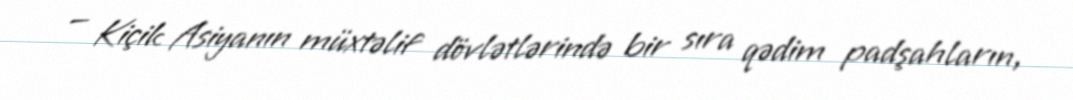
— Kiçik Asiyanın müxtəlif dövlətlərində bir sıra qədim padşahların,